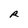
Character: R